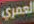
العمري